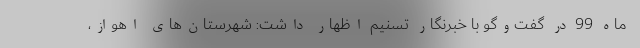
ماه 99 در گفت‌وگو با خبرنگار تسنیم اظهار داشت: شهرستان‌های اهواز،